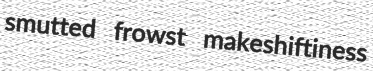
smutted frowst makeshiftiness